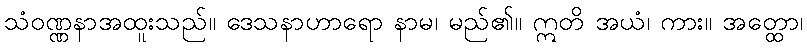
သံဝဏ္ဏနာအထူးသည်။ ဒေသနာဟာရော နာမ၊ မည်၏။ ဣတိ အယံ၊ ကား။ အတ္ထော၊